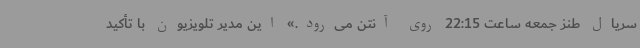
سریال طنز جمعه ساعت 22:15 روی آنتن می‌رود.» این مدیر تلویزیون با تأکید